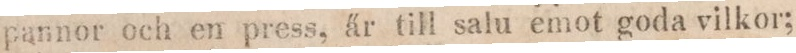
pannor och en press, är till salu emot goda vilkor;